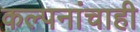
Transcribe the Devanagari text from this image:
कल्पनांचाही